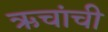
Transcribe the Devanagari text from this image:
ऋचांची